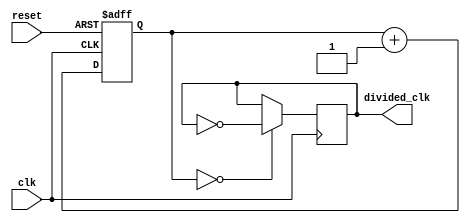
module Johnston_counter_clock_divider (
    input wire clk,
    input wire reset,
    output reg divided_clk
);

reg [3:0] count;
reg output_clk;

always @ (posedge clk or posedge reset) begin
    if (reset) begin
        count <= 4'b0000;
    end else begin
        count <= count + 1;
    end
end

always @ (posedge clk) begin
    if (count == 4'b0000) begin
        output_clk <= ~output_clk;
    end
end

assign divided_clk = output_clk;

endmodule